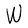
Character: W